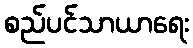
စည်ပင်သာယာရေး